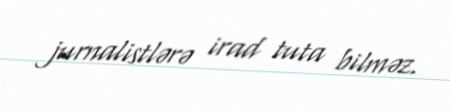
jurnalistlərə irad tuta bilməz.